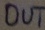
Text: OUT